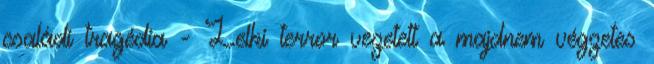
családi tragédia - Lelki terror vezetett a majdnem végzetes